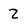
Character: 2